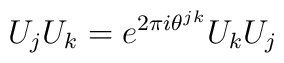
U_{j}U_{k} = e^{2\pi i \theta^{jk}} U_{k}U_{j}